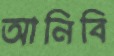
আনিবি